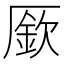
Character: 𠪢